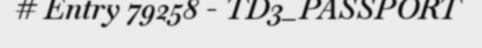
# Entry 79258 - TD3_PASSPORT